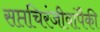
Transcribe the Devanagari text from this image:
सप्तचिरंजीवांपैकी